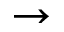
\rightarrow